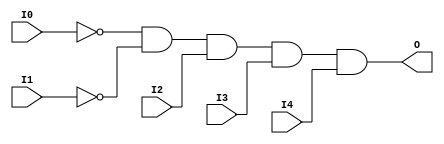
module AND5B2 (O, I0, I1, I2, I3, I4);

    output O;

    input  I0, I1, I2, I3, I4;

    wire i0_inv;
    wire i1_inv;

    not N1 (i1_inv, I1);
    not N0 (i0_inv, I0);
    and A1 (O, i0_inv, i1_inv, I2, I3, I4);


endmodule